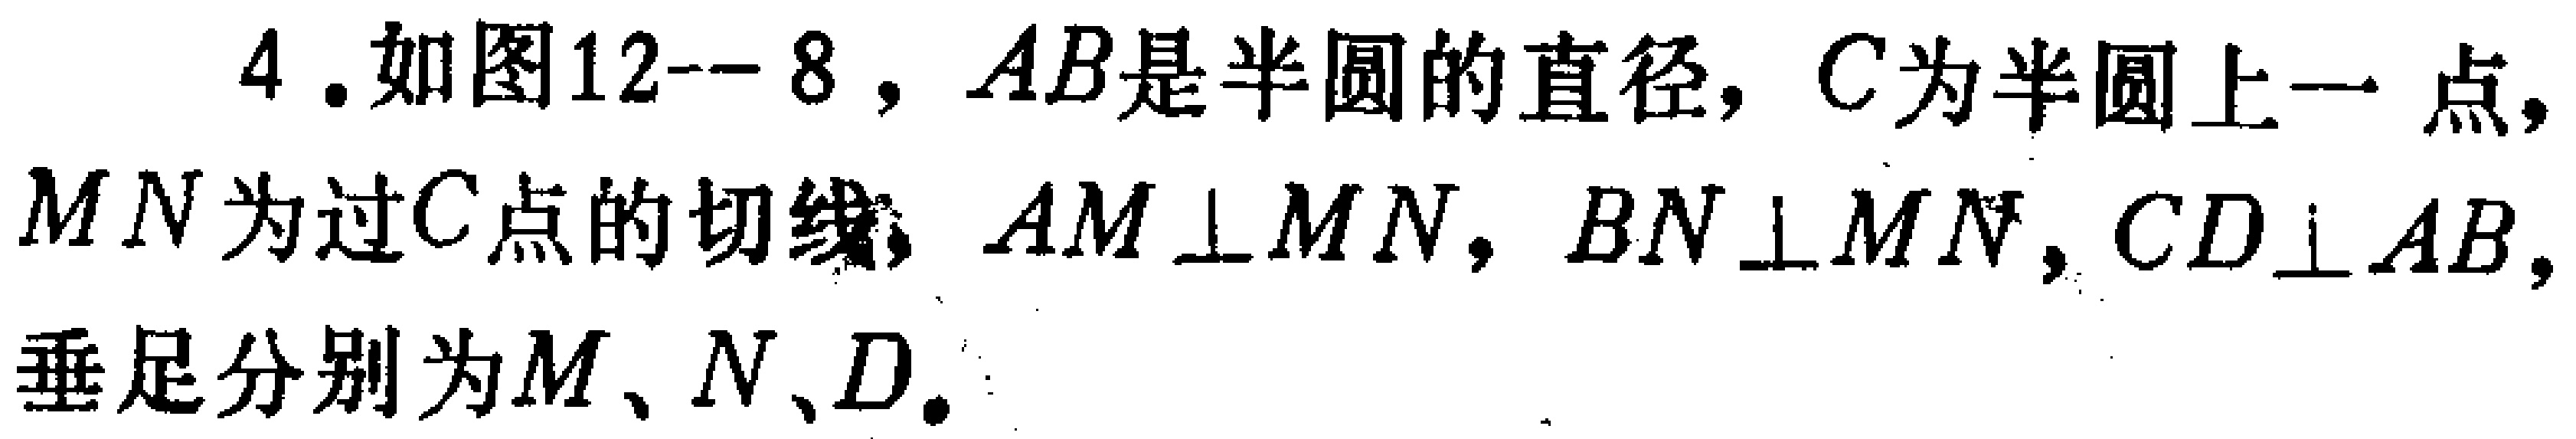
4.如图12--8，$AB$是半圆的直径，$C$为半圆上一点，$MN$为过$C$点的切线，$AM\perp MN$，$BN\perp MN$，$CD\perp AB$，垂足分别为$M$、$N$、$D$.